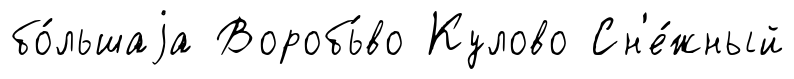
бо́льшаjа Воробь́во Кулово Сн'е́жный